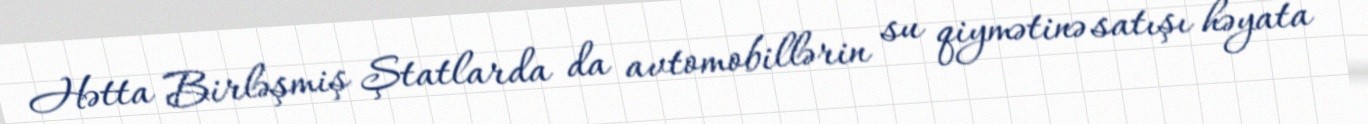
Hətta Birləşmiş Ştatlarda da avtomobillərin su qiymətinə satışı həyata